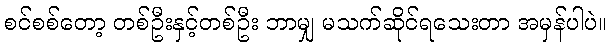
စင်စစ်တော့ တစ်ဦးနှင့်တစ်ဦး ဘာမျှ မသက်ဆိုင်ရသေးတာ အမှန်ပါပဲ။